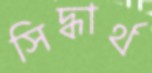
সিদ্ধার্থ